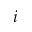
^ { i }